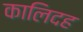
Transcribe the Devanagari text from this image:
कालिदह